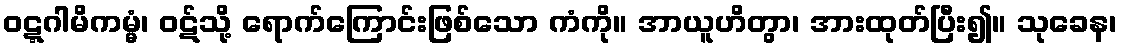
ဝဋ္ဋဂါမိကမ္မံ၊ ဝဋ်သို့ ရောက်ကြောင်းဖြစ်သော ကံကို။ အာယူဟိတွာ၊ အားထုတ်ပြီး၍။ သုခေန၊